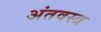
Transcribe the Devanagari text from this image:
अंतवस्त्र